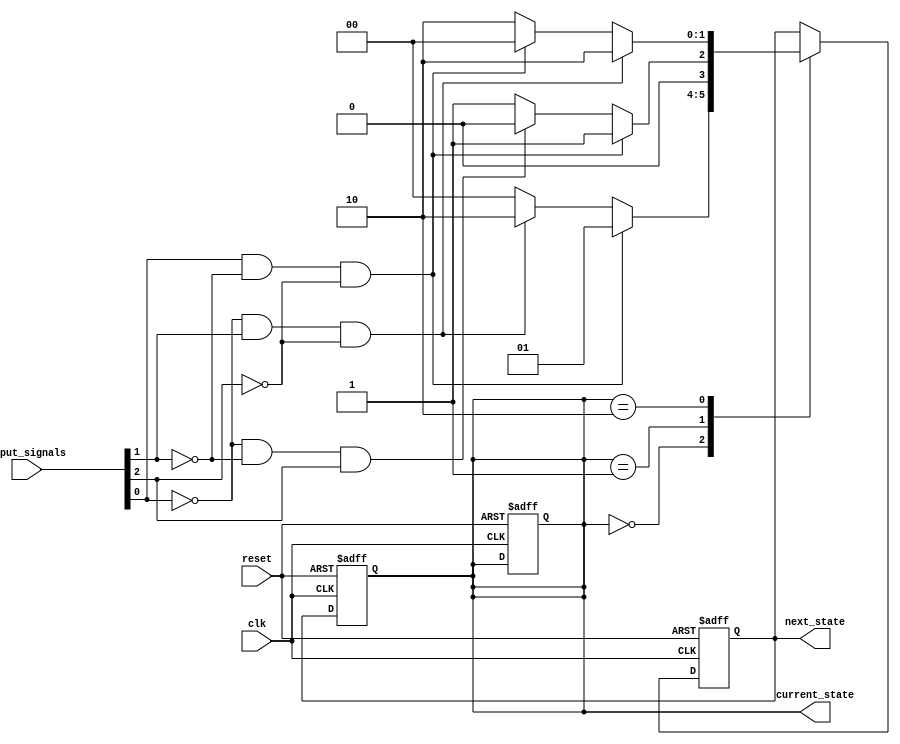
module priority_encoding_state_machine (
    input clk,
    input reset,
    input [2:0] input_signals,
    output reg [1:0] current_state,
    output reg [1:0] next_state
);

// State encoding
parameter STATE_A = 2'b00;
parameter STATE_B = 2'b01;
parameter STATE_C = 2'b10;

always @(posedge clk or posedge reset) begin
    if (reset) begin
        current_state <= STATE_A;
        next_state <= STATE_A;
    end else begin
        case (current_state)
            STATE_A: begin
                if (input_signals[0] && !input_signals[1] && !input_signals[2])
                    next_state <= STATE_B;
                else if (!input_signals[0] && input_signals[1] && !input_signals[2])
                    next_state <= STATE_C;
                else
                    next_state <= STATE_A;
            end
            STATE_B: begin
                if (input_signals[0] && !input_signals[1] && !input_signals[2])
                    next_state <= STATE_B;
                else if (!input_signals[0] && !input_signals[1] && input_signals[2])
                    next_state <= STATE_A;
                else
                    next_state <= STATE_B;
            end
            STATE_C: begin
                if (!input_signals[0] && input_signals[1] && !input_signals[2])
                    next_state <= STATE_C;
                else if (input_signals[0] && !input_signals[1] && !input_signals[2])
                    next_state <= STATE_A;
                else
                    next_state <= STATE_C;
            end
        endcase
    end
end

always @(posedge clk or posedge reset) begin
    if (reset)
        current_state <= STATE_A;
    else
        current_state <= next_state;
end

endmodule